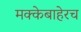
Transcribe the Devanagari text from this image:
मक्केबाहेरच